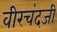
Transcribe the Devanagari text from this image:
वीरचंदजी